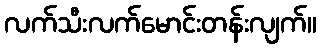
လက်သီးလက်မောင်းတန်းလျက်။